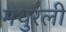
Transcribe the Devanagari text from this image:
मधुरली